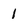
Character: 1